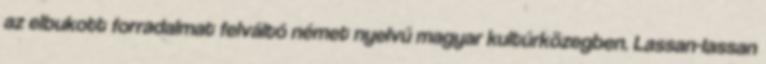
az elbukott forradalmat felváltó német nyelvű magyar kultúrközegben. Lassan-lassan